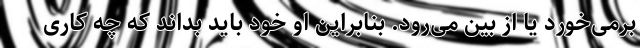
برمی‌خورد یا از بین می‌رود. بنابراین او خود باید بداند که چه کاری